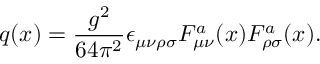
q ( x ) = { \frac { g ^ { 2 } } { 6 4 \pi ^ { 2 } } } \epsilon _ { \mu \nu \rho \sigma } F _ { \mu \nu } ^ { a } ( x ) F _ { \rho \sigma } ^ { a } ( x ) .